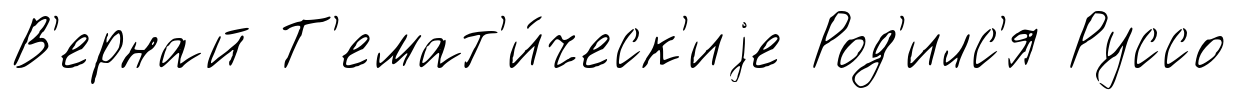
В'ернай Т'емат'и́ческ'иjе Род'илс'я Руссо